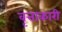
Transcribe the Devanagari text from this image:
वृत्ताकारी